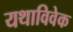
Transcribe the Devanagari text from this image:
यथाविवेक